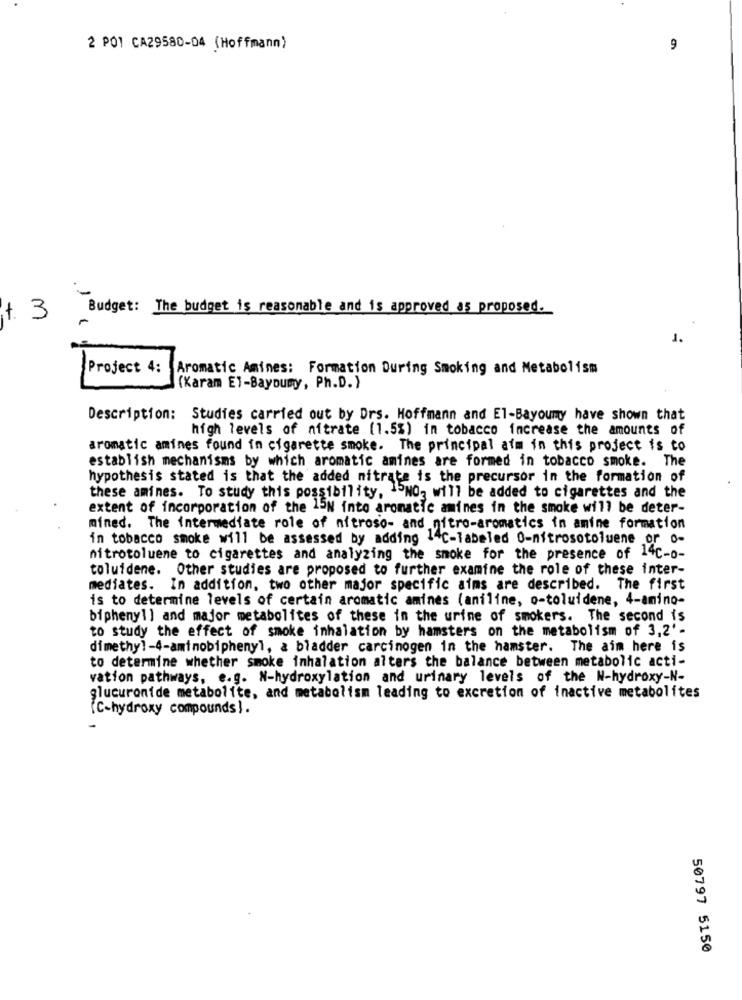
2 POI CA29580-04 (Hoffmann)
9
Budget: The budget is reasonable and is approved as proposed.
+. 3
1.
Project 4:
Aromatic Amines: Formation During Smoking and Metabolism
(Karam El-Bayoumy, Ph.D.)
Description: Studies carried out by Drs. Hoffmann and El-Bayoumay have shown that
high levels of nitrate (1.5%) in tobacco increase the amounts of
aromatic amines found in cigarette smoke. The principal afm in this project is to
establish mechanisms by which aromatic amines are formed in tobacco smoke. The
hypothesis stated is that the added nitrate is the precursor in the formation of
these amines. To study this possibility, 15NO, will be added to cigarettes and the
extent of incorporation of the 15N into aromatic amines in the smoke will be deter-
mined. The intermediate role of nitroso- and nitro-aromatics in amine formation
in tobacco smoke will be assessed by adding 14c-labeled 0-nitrosotoluene or o-
nitrotoluene to cigarettes and analyzing the smoke for the presence of 14c.
toluidene. Other studies are proposed to further examine the role of these inter-
mediates. In addition, two other major specific aims are described. The first
is to determine levels of certain aromatic amines (aniline, o-toluidene, 4-amino-
biphenyl] and major metabolites of these in the urine of smokers. The second is
to study the effect of smoke inhalation by hamsters on the metabolism of 3,2'-
dimethy !- 4-aminobiphenyl, a bladder carcinogen in the hamster. The aim here is
to determine whether smoke inhalation alters the balance between metabolic acti-
vation pathways, e.g. N-hydroxylation and urinary levels of the N-hydroxy-N-
glucuronide metabolite, and metabolism leading to excretion of inactive metabolites
(C-hydroxy compounds).
50797 5150